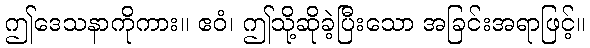
ဤဒေသနာကိုကား။ ဧဝံ၊ ဤသို့ဆိုခဲ့ပြီးသော အခြင်းအရာဖြင့်။